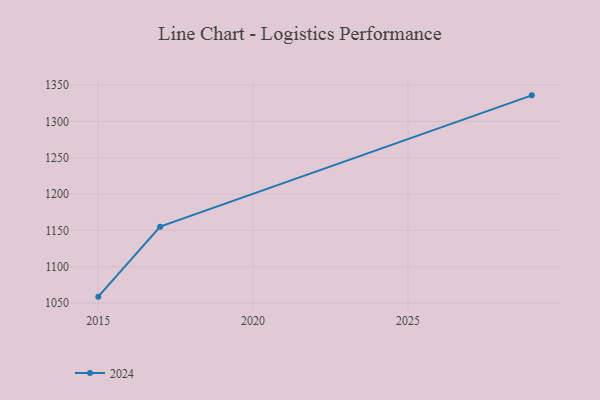
{"axis": {"x": "Year", "y": "Conversion Rate (%)"}, "legend": ["2024"], "data": [{"x": "2015", "y": 1058.8, "type": "2024"}, {"x": "2017", "y": 1155.1, "type": "2024"}, {"x": "2029", "y": 1335.8, "type": "2024"}]}